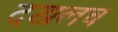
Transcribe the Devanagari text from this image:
दखलच